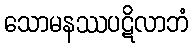
သောမနဿပဋိလာဘံ